Report of the King Institute of Preventive Medicine, Guindy
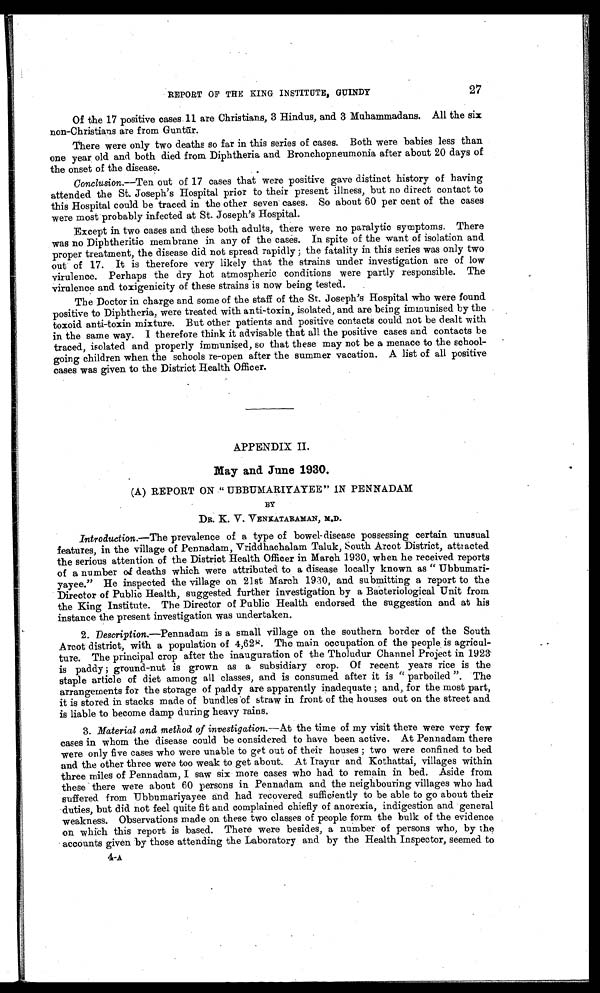
27
REPORT OF THE KING INSTITUTE, GUINDY
Of the 17 positive cases 11 are Christians, 3 Hindus, and 3 Muhammadans. All the six
non-Christians are from Gunt ū r.
There were only two deaths so far in this series of cases. Both were babies less than
one year old and both died from Diphtheria and Bronchopneumonia after about 20 days of
the onset of the disease.
Conclusion.—Ten out of 17 cases that were positive gave distinct history of having
attended the St. Joseph's Hospital prior to their present illness, but no direct contact to
this Hospital could be traced in the other seven cases. So about 60 per cent of the cases
were most probably infected at St. Joseph's Hospital.
Except in two cases and these both adults, there were no paralytic symptoms. There
was no Diphtheritic membrane in any of the cases. In spite of the want of isolation and
proper treatment, the disease did not spread rapidly ; the fatality in this series was only two
out of 17. It is therefore very likely that the strains under investigation are of low
virulence. Perhaps the dry hot atmospheric conditions were partly responsible. The
virulence and toxigenicity of these strains is now being tested.
The Doctor in charge and some of the staff of the St. Joseph's Hospital who were found.
positive to Diphtheria, were treated with anti-toxin, isolated, and are being immunised by the
toxoid anti-toxin mixture. But other patients and positive contacts could not be dealt with
in the same way. I therefore think it advisable that all the positive cases and contacts be
traced, isolated and properly immunised, so that these may not be a menace to the school
-going children when the schools re-open after the summer vacation. A list of all positive
cases was given to the District Health Officer.
APPENDIX II.
May and June 1930.
(A) REPORT ON " UBBUMARIYAYEE" IN PENNADAM
BY
DR. K. V. VENKATARAMAN, M.D.
Introduction. —The prevalence of a type of bowel-disease possessing certain unusual
features, in the village of Pennadam, Vriddhachalam Taluk, South Arcot District, attracted
the serious attention of the District Health Officer in March 1930, when he received reports
of a number a deaths which were attributed to a disease locally known as " Ubbumari
-yayee." He inspected the village on 21st March 1930, and submitting a report to the
Director of Public Health, suggested further investigation by a Bacteriological Unit from
the King Institute. The Director of Public Health endorsed the suggestion and at his
instance the present investigation was undertaken.
2.
Description.—Pennadam is a small village on the southern border of the South
Arcot district, with a population of 4,628. The main occupation of the people is agricul
- t u r e . T h e p r i n c i p a l c r o p a f t e r t h e i n a u g u r a t i o n o f t h e T h o l u d u r C h a n n e l P r o j e c t i n 1 9 2 3
is paddy ; ground-nut is grown as a subsidiary crop. Of recent years rice is the
staple article of diet among all classes, and is consumed after it is " parboiled ". The
arrangements for the storage of paddy are apparently inadequate; and, for the most part,
it is stored in stacks made of bundles of straw in front of the houses out on the street and
is liable to become damp during heavy rains.
3. Material and method of investigation. —At the time of my visit there were very few
cases in whom the disease could be considered to have been active. At Pennadam there
were only five cases who were unable to get out of their houses ; two were confined to bed
and the other three were too weak to get about. At Irayur and Kothattai, villages within
three miles of Pennadam, I saw six more cases who had to remain in bed. Aside from
these there were about 60 persons in Pennadam and the neighbouring villages who had.
suffered from Ubbumariyayee and had recovered sufficiently to be able to go about their
duties, but did not feel quite fit and complained chiefly of anorexia, indigestion and general
weakness. Observations made on these two classes of people form the bulk of the evidence
on which this report is based. There were besides, a number of persons who, by the
accounts given by those attending the Laboratory and by the Health Inspector, seemed to
4-A